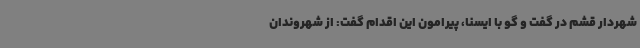
شهردار قشم در گفت و گو با ایسنا، پیرامون این اقدام گفت: از شهروندان